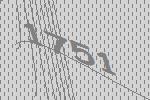
1751